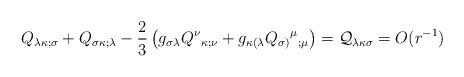
LaTeX: \begin{align*}Q_{\lambda \kappa ;\sigma} +Q_{\sigma\kappa ;\lambda} -\frac{2}{3} \left( g_{\sigma \lambda}Q^{\nu}{_{\kappa ;\nu}} +g_{\kappa (\lambda } Q_{\sigma)}{^{\mu}}{_{ ;\mu}} \right) ={\cal Q}_{\lambda\kappa\sigma} =O( r^{-1})\end{align*}